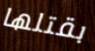
بقتلها